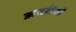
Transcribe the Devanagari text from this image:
अदरीसी